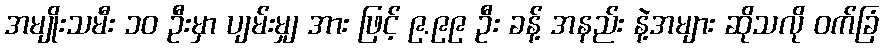
အမျိုးသမီး ၁၀ ဦးမှာ ပျမ်းမျှ အား ဖြင့် ၉.၉၉ ဦး ခန့် အနည်း နဲ့အများ ဆိုသလို ဝက်ခြံ